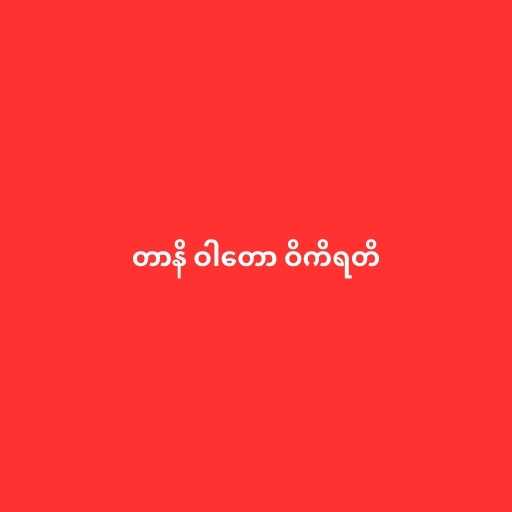
တာနိ ဝါတော ဝိကိရတိ